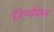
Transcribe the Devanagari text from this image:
जिन्दोवाल